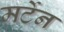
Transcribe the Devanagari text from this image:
मर्टेन